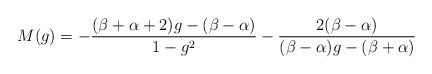
LaTeX: \begin{align*}M(g)=-\frac{(\beta+\alpha+2)g-(\beta-\alpha)}{1-g^2}-\frac{2(\beta-\alpha)}{(\beta-\alpha)g-(\beta+\alpha)}\end{align*}